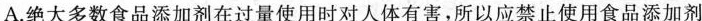
A.绝大多数食品添加剂在过量使用时对人体有害，所以应禁止使用食品添加剂